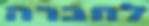
לחברה